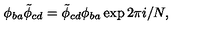
\phi _ { b a } \tilde { \phi } _ { c d } = \tilde { \phi } _ { c d } \phi _ { b a } \exp 2 \pi i / N ,